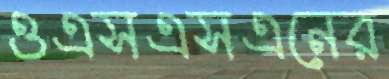
ওএসএসএনের